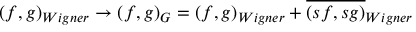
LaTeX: \left( f , g \right) _ { W i g n e r } \rightarrow \left( f , g \right) _ { G } = \left( f , g \right) _ { W i g n e r } + \overline { { { \left( s f , s g \right) } } } _ { W i g n e r }